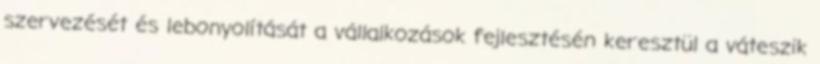
szervezését és lebonyolítását a vállalkozások fejlesztésén keresztül a váteszik